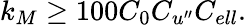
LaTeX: k_{M}\geq 100C_{0}C_{u^{\prime\prime}}C_{ell}.